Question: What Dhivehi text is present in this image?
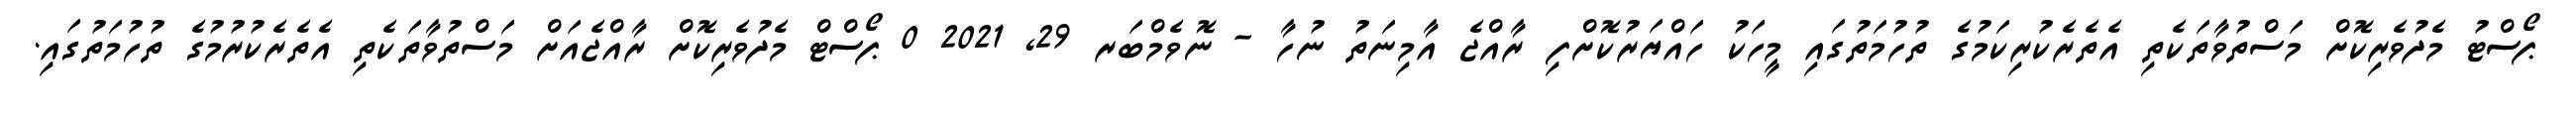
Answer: ޕޯސްޓު މެދުވެރިކޮށް މަސްތުވާތަކެތި އެތެރެކުރިކަމުގެ ތުހުމަތުގައި މީހަކު ހައްޔަރުކޮށްފި ރާއްޖެ އާމިނަތު ނުހާ - ނޮވެމްބަރ 29, 2021 0 ޕޯސްޓް މެދުވެރިކޮށް ރާއްޖެއަށް މަސްތުވާތަކެތި އެތެރެކުރުމުގެ ތުހުމަތުގައި.